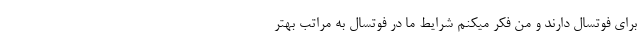
برای فوتسال دارند و من فکر میکنم شرایط ما در فوتسال به مراتب بهتر